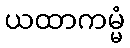
ယထာကမ္မံ